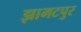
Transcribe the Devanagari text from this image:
झामटपुर